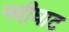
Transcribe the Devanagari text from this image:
नदीघाट